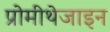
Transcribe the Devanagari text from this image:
प्रोमीथेजाइन